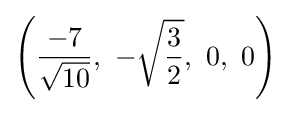
\left({\frac {-7}{\sqrt {10}}},\ -{\sqrt {3 \over 2}},\ 0,\ 0\right)